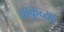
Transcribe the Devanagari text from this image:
बाकूच्या